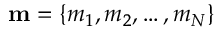
\mathbf { m } = \{ m _ { 1 } , m _ { 2 } , \dots , m _ { N } \}